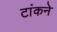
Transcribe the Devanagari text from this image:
टांकने